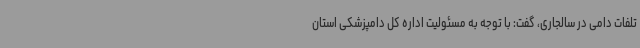
تلفات دامی در سالجاری، گفت: با توجه به مسئولیت اداره کل دامپزشکی استان